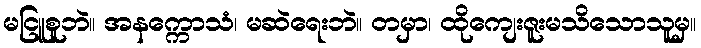
မငြူစူဘဲ။ အနက္ကောသံ၊ မဆဲရေးဘဲ။ တမှာ၊ ထိုကျေးဇူးမသိသောသူမှ။